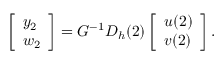
\left[ \begin{array} { l } { y _ { 2 } } \\ { w _ { 2 } } \end{array} \right] = G ^ { - 1 } D _ { h } ( 2 ) \left[ \begin{array} { l } { u ( 2 ) } \\ { v ( 2 ) } \end{array} \right] .